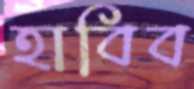
হাবিব